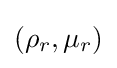
(\rho _{r},\mu _{r})